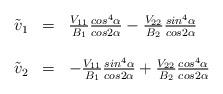
LaTeX: \begin{align*}\begin{array}{rcl}\tilde{v}_{1}&=&{V_{11}\over B_{1}}{cos^{4}\alpha \over cos2\alpha}-{V_{22}\over B_{2}}{sin^{4}\alpha \over cos 2\alpha}\\\\\tilde{v}_{2}&=&-{V_{11}\over B_{1}}{sin^{4}\alpha \over cos2\alpha}+{V_{22}\over B_{2}}{cos^{4}\alpha \over cos 2\alpha}\end{array}\end{align*}